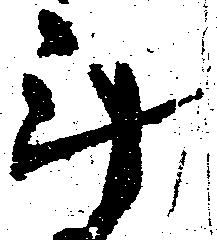
斗